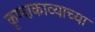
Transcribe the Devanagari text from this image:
कृष्णकाव्याच्या